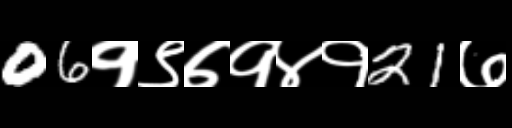
Text: 06१९७१४१21७